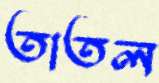
তাতল